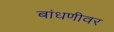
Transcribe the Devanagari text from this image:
बांधणीवर